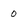
Character: o